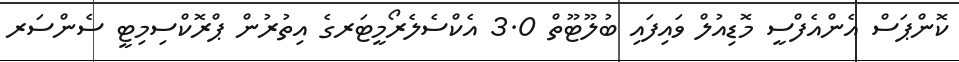
ކޮންޕަސް އެންއެފްސީ މޮޑިއުލް ވައިފައި ބުލޫޓޫތް 3.0 އެކްސެލެރޯމީޓަރގެ އިތުރުން ޕްރޮކްސިމިޓީ ސެންސަރ